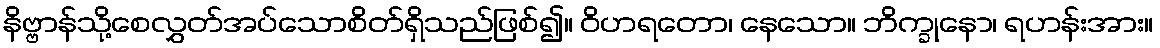
နိဗ္ဗာန်သို့စေလွှတ်အပ်သောစိတ်ရှိသည်ဖြစ်၍။ ဝိဟရတော၊ နေသော။ ဘိက္ခုနော၊ ရဟန်းအား။